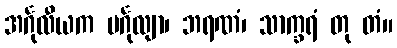
အင်္ဂုလီယက မင်္ဂုလျာ၊ ဘရဏံ၊ သာက္ခရံ တု တံ။